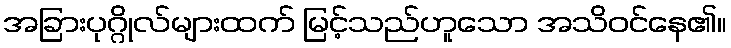
အခြားပုဂ္ဂိုလ်များထက် မြင့်သည်ဟူသော အသိဝင်နေ၏။